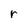
Character: r